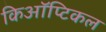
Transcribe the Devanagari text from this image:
किऑप्टिकल